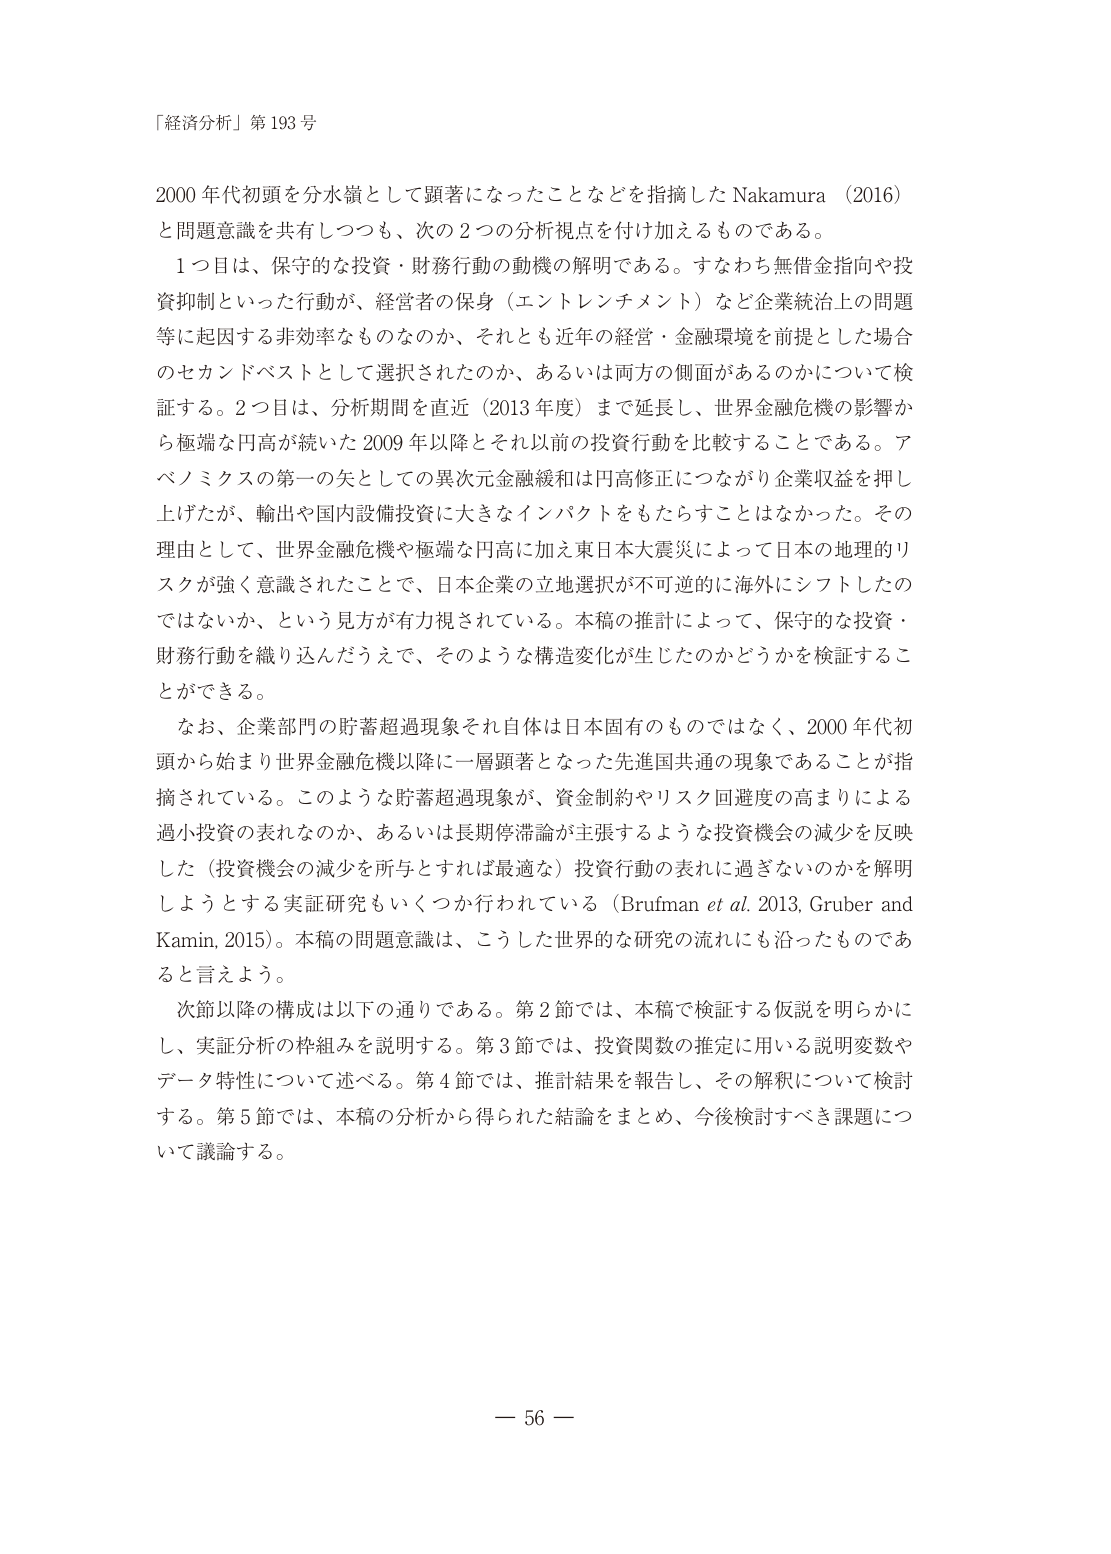
「経済分析」第193号

2000年代初頭を分水嶺として顕著になったことなどを指摘したNakamura（2016）と問題意識を共有しつつも、次の2つの分析視点を付け加えるものである。

1つ目は、保守的な投資・財務行動の動機の解明である。すなわち無借金指向や投資抑制といった行動が、経営者の保身（エントレンチメント）など企業統治上の問題等に起因する非効率なものなのか、それとも近年の経営・金融環境を前提とした場合のセカンドベストとして選択されたのか、あるいは両方の側面があるのかについて検証する。2つ目は、分析期間を直近（2013年度）まで延長し、世界金融危機の影響から極端な円高が続いた2009年以降とそれ以前の投資行動を比較することである。アベノミクスの第一の矢としての異次元金融緩和は円高修正につながり企業収益を押し上げたが、輸出や国内設備投資に大きなインパクトをもたらすことはなかった。その理由として、世界金融危機や極端な円高に加え東日本大震災によって日本の地理的リスクが強く意識されたことで、日本企業の立地選択が不可逆的に海外にシフトしたのではないか、という見方が有力視されている。本稿の推計によって、保守的な投資・財務行動を織り込んだうえで、そのような構造変化が生じたのかどうかを検証することができる。

なお、企業部門の貯蓄超過現象それ自体は日本固有のものではなく、2000年代初頭から始まり世界金融危機以降に一層顕著となった先進国共通の現象であることが指摘されている。このような貯蓄超過現象が、資金制約やリスク回避度の高まりによる過小投資の表れなのか、あるいは長期停滞論が主張するような投資機会の減少を反映した（投資機会の減少を所与とすれば最適な）投資行動の表れに過ぎないのかを解明しようとする実証研究もいくつか行われている（Brufman et al. 2013, Gruber and Kamin, 2015）。本稿の問題意識は、こうした世界的な研究の流れにも沿ったものであると言えよう。

次節以降の構成は以下の通りである。第2節では、本稿で検証する仮説を明らかにし、実証分析の枠組みを説明する。第3節では、投資関数の推定に用いる説明変数やデータ特性について述べる。第4節では、推計結果を報告し、その解釈について検討する。第5節では、本稿の分析から得られた結論をまとめ、今後検討すべき課題について議論する。

— 56 —